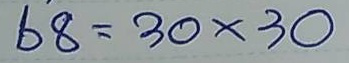
68 = 30x30